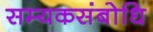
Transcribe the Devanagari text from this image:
सम्यकसंबोधि